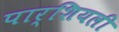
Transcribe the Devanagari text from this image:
पार्शियली